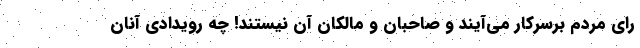
رای مردم برسرکار می‌آیند و صاحبان و مالکان آن نیستند! چه رویدادی آنان